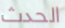
الحدث